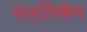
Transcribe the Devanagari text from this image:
मल्लिषेण